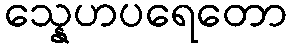
သ္နေဟပရေတော